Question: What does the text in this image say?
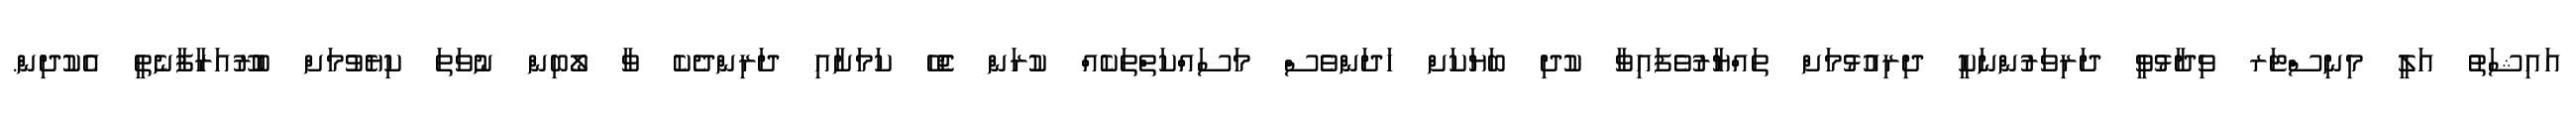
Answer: އައިޝަތު އަލީ މިނިސްޓަރ ވިދާޅުވީ ދަރިވަރުންނަކީ ދިރިއުޅުމަށް ތައްޔާރުވެފައިވާ ކުދި ބަޔަކަށް ހަދަންވެސް މަސައްކަތްތަކެއް ކުރަން ޖެހޭ ކަމަށާއި ދަރިންދެކެ ވާ ލޯބިން ނުވަތަ ކިޔެވުމަށް ބުރޫއަރާފާނެތީ އެކުދިން.